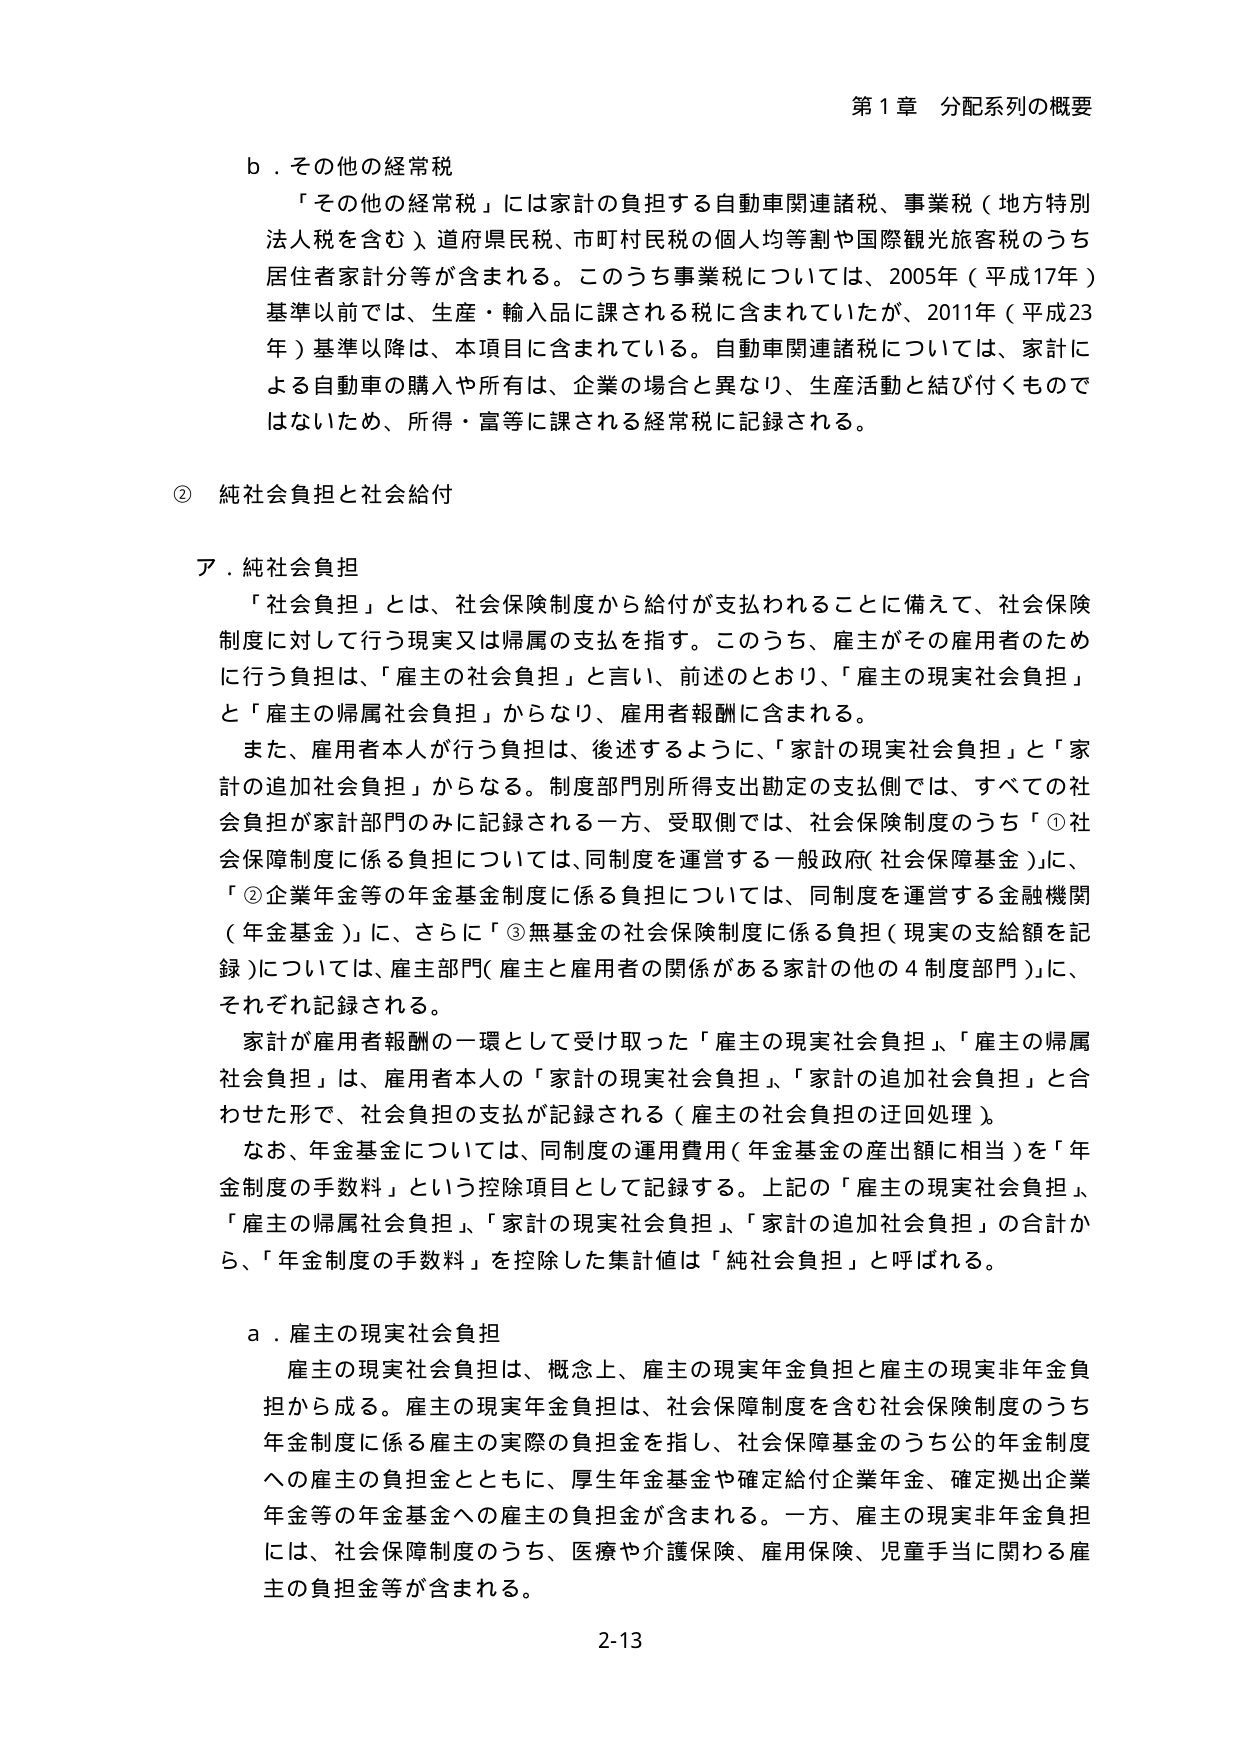
第１章 分配系列の概要

ｂ．その他の経常税
「その他の経常税」には家計の負担する自動車関連諸税、事業税（地方特別法人税を含む）、道府県民税、市町村民税の個人均等割や国際観光旅客税のうち居住者家計分等が含まれる。このうち事業税については、2005年（平成17年）基準以前では、生産・輸入品に課される税に含まれていたが、2011年（平成23年）基準以降は、本項目に含まれている。自動車関連諸税については、家計による自動車の購入や所有は、企業の場合と異なり、生産活動と結び付くものではないため、所得・富等に課される経常税に記録される。

② 純社会負担と社会給付

ア．純社会負担
「社会負担」とは、社会保険制度から給付が支払われることに備えて、社会保険制度に対して行う現実又は帰属の支払を指す。このうち、雇主がその雇用者のために行う負担は、「雇主の社会負担」と言い、前述のとおり、「雇主の現実社会負担」と「雇主の帰属社会負担」からなり、雇用者報酬に含まれる。
また、雇用者本人が行う負担は、後述するように、「家計の現実社会負担」と「家計の追加社会負担」からなる。制度部門別所得支出勘定の支払側では、すべての社会負担が家計部門のみに記録される一方、受取側では、社会保険制度のうち「①社会保障制度に係る負担については、同制度を運営する一般政府（社会保障基金）」に、「②企業年金等の年金基金制度に係る負担については、同制度を運営する金融機関（年金基金）」に、さらに「③無基金の社会保険制度に係る負担（現実の支給額を記録）については、雇主部門（雇主と雇用者の関係がある家計の他の４制度部門）」に、それぞれ記録される。
家計が雇用者報酬の一環として受け取った「雇主の現実社会負担」、「雇主の帰属社会負担」は、雇用者本人の「家計の現実社会負担」、「家計の追加社会負担」と合わせた形で、社会負担の支払が記録される（雇主の社会負担の迂回処理）。
なお、年金基金については、同制度の運用費用（年金基金の産出額に相当）を「年金制度の手数料」という控除項目として記録する。上記の「雇主の現実社会負担」、「雇主の帰属社会負担」、「家計の現実社会負担」、「家計の追加社会負担」の合計から、「年金制度の手数料」を控除した集計値は「純社会負担」と呼ばれる。

ａ．雇主の現実社会負担
雇主の現実社会負担は、概念上、雇主の現実年金負担と雇主の現実非年金負担から成る。雇主の現実年金負担は、社会保障制度を含む社会保険制度のうち年金制度に係る雇主の実際の負担金を指し、社会保障基金のうち公的年金制度への雇主の負担金とともに、厚生年金基金や確定給付企業年金、確定拠出企業年金等の年金基金への雇主の負担金が含まれる。一方、雇主の現実非年金負担には、社会保障制度のうち、医療や介護保険、雇用保険、児童手当に関わる雇主の負担金等が含まれる。

2-13